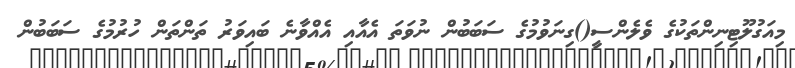
މިއަގުލޫޓިނިންތަކުގެ ވެލެންސީ()ގިނަވުމުގެ ސަބަބުން ނުވަތަ އެއާއި އެއްވާނެ ބައިވަރު ތަންތަން ހުރުމުގެ ސަބަބުން